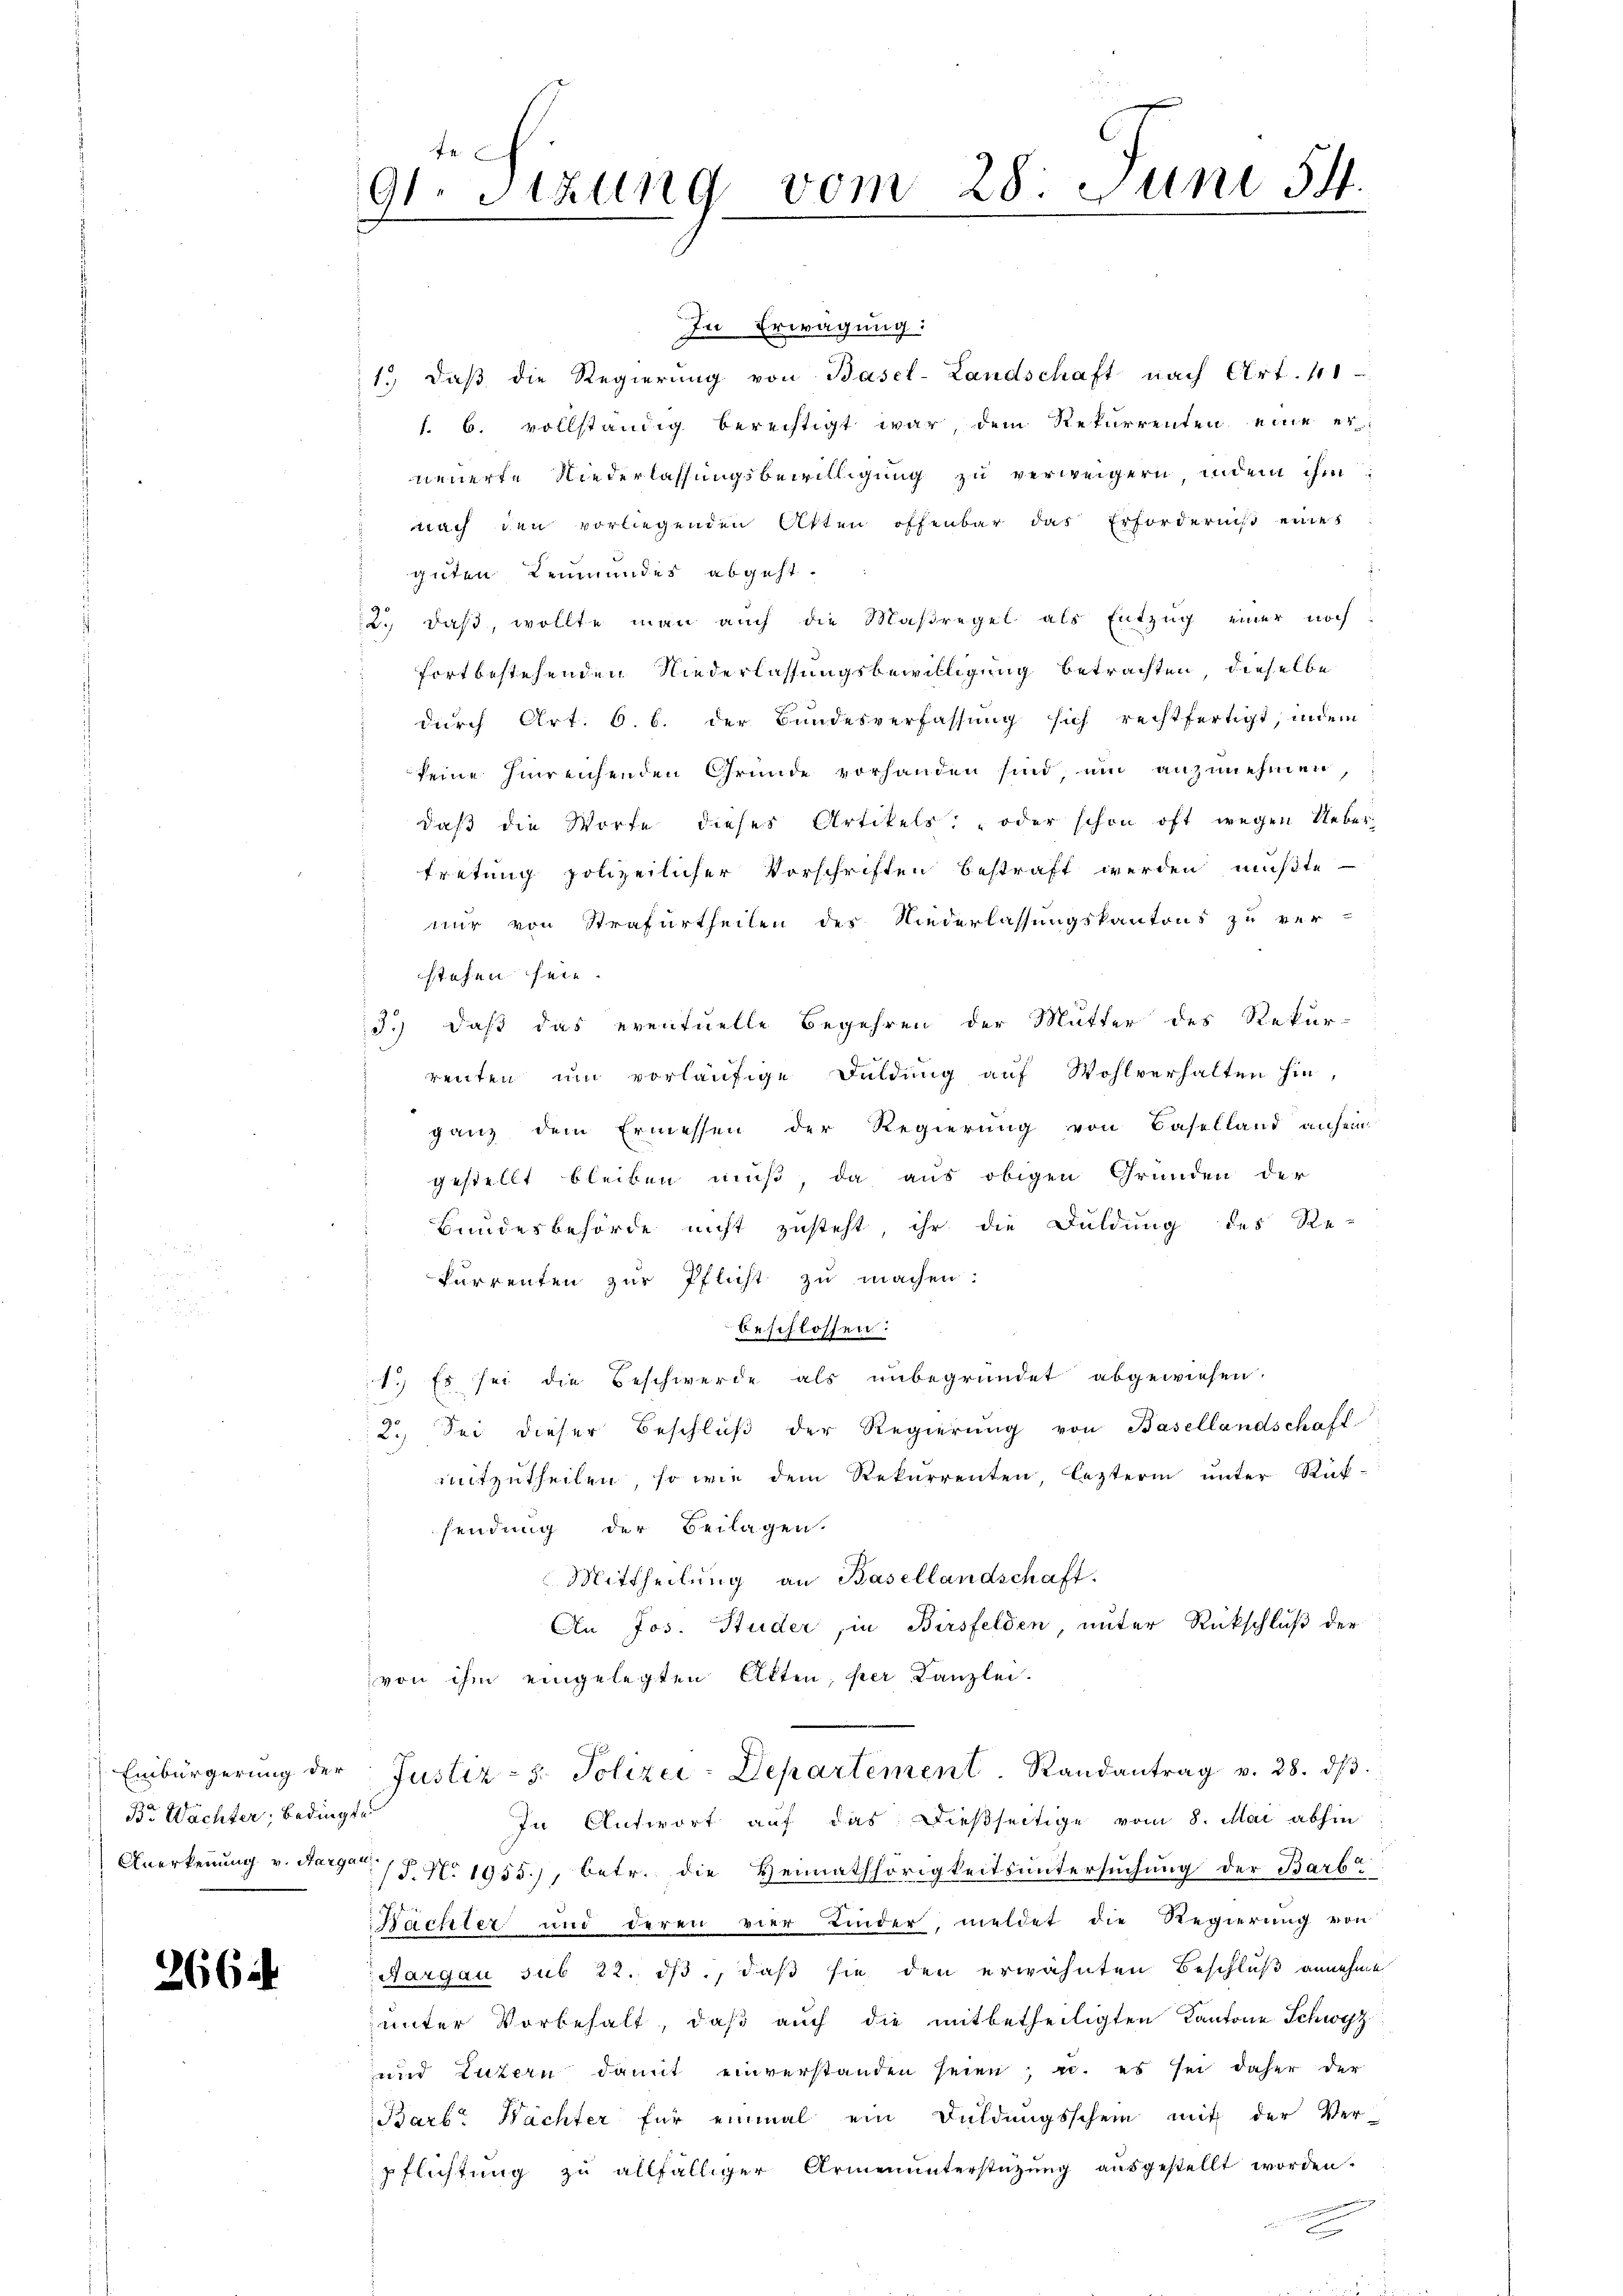
) Einbürgerung der
Br Wächter; bedingte
Anerkennung v. Aargau.

2664.

f. 4.
91. Sitzung vom 28. Juni 54.
.

In Erwägung:
1.) Daß die Regierung von Basel-Landschaft nach Art. 411
s. 6. vollständig berechtigt war, dem Rekurrenten eine er
neuerte Niederlassungsbewilligung zu verweigern indem ihm
nach den vorliegenden Atten offenbar das Erforderniß eines
 guten Leumundes abgeht.
2., daß, wollte man auch die Maßregel als Entzug einer noch
fortbestehenden Niederlassungsbewilligung betrachten, dieselbe
durch Art. 6. b. der Bundesverfassung sich rechtfertigt, indem
keine hinreichenden Grunde vorhanden sind, um anzunehmen,
daß die Worte dieses Artikels: „oder schon oft wegen Ueber-
tretung polizeilicher Vorschriften bestraft werden mußte
nur von Strafurtheilen des Niederlassungskantons zu ver-
stehen sein.
3.) daß das eventuelle Begehren der Mutter des Rekur-
renten um vorläufige Duldung auf Wohlverhalten hin-
ganz dem Ermessen der Regierung von Baselland anfein
gestellt bleiben muß, da aus obigen Gründen der
Bundesbehörde nicht zusteht, ihr die Duldung des Re-
kurrenten zur Pflicht zu machen:
x
beschlossen:
1. Es sei die Beschwerde als unbegründet abgewiesen.
2. Sei dieser Beschlŭβ der Regierŭng von Basellandschaft
mitzutheilen, so wie dem Rekurrenten, lezterm unter Rück-
sendung der Beilagen.
Mittheilung an Basellandschaft.
An Jos. Studer, in Birsfelden unter Rückschluß der
von ihm eingelegten Alten, per Kanzlei.
Justiz- u. Polizei-Departement. Randantrag v. 28. dβ.
In Antwort auf das dießseitige vom 8. Mai abhin
/T. N. 1955), betr. die Hennathhörigkeitsuntersuchung der Barba
Pächter und deren vier Kinder, meldet die Regierung von
Aargau sub 22. ds., daß sie den erwähnten Beschluß annehme
unter Vorbehalt, daß auch die mitbetheiligten Kantone Schwyz
und Luzern damit einverstanden seien, u. es sei daher der
Barb. Nächter für einmal ein Duldungsschein mit der Ver-
pflichtung zu allfälliger Armenunterstützung ausgestellt worden.
.